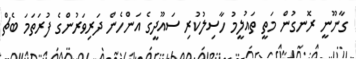
ގާނޫނީ ރޮނގުން މަތީ ތައުލީމު ހާސިލުކުރި ސައޫދީގެ އަންހެން ދަރިވަރުންގެ ފުރަތަމަ ބެޗް